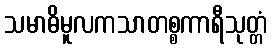
သမာဓိမူလကသာတစ္စကာရီသုတ္တံ